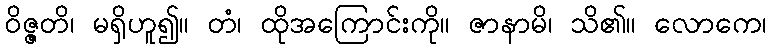
ဝိဇ္ဇတိ၊ မရှိဟူ၍။ တံ၊ ထိုအကြောင်းကို။ ဇာနာမိ၊ သိ၏။ လောကေ၊